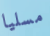
مسليا